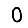
Digit: 0